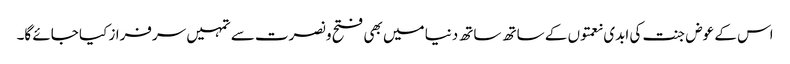
اس کے عوض جنت کی ابدی نعمتوں کے ساتھ ساتھ دنیا میں بھی فتح و نصرت سے تمہیں سرفراز کیا جائے گا۔